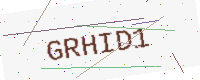
Text: GRHID1